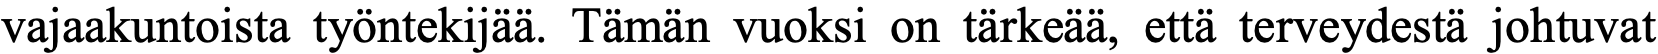
vajaakuntoista työntekijää. Tämän vuoksi on tärkeää, että terveydestä johtuvat